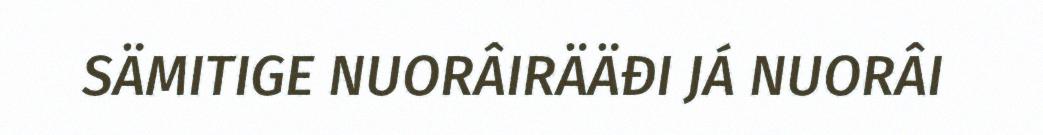
SÄMITIGE NUORÂIRÄÄĐI JÁ NUORÂI